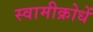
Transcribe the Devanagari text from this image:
स्वामीक्रोधें